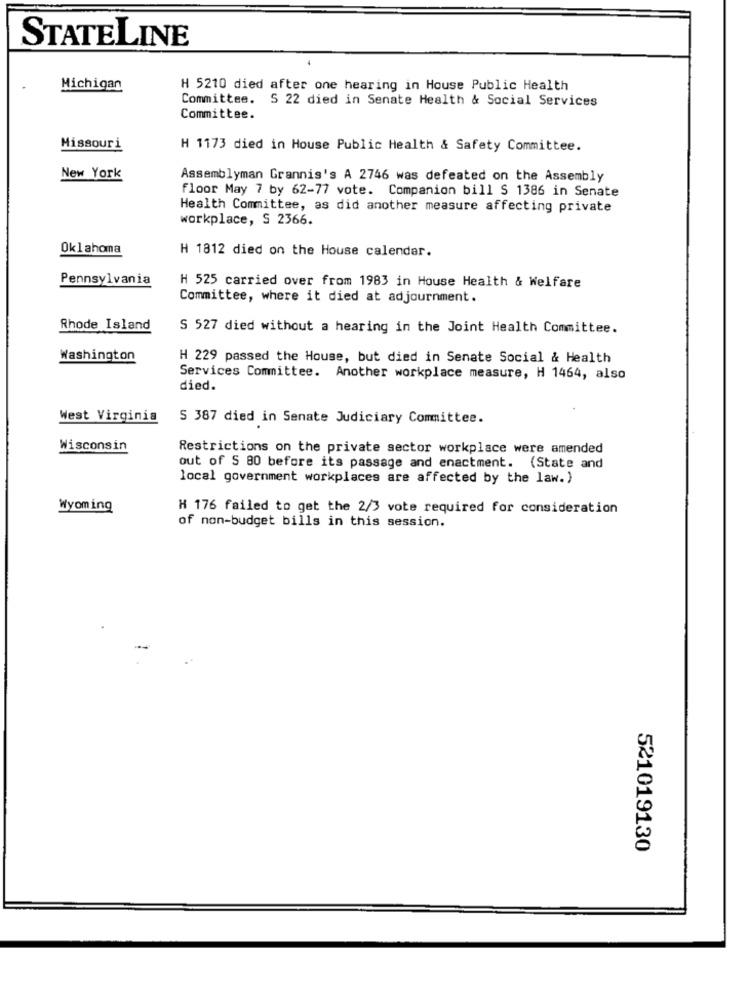
STATELINE
Michigan
H 5210 died after one hearing in House Public Health
Committee. S 22 died in Senate Health & Social Services
Committee.
Missouri
H 1173 died in House Public Health & Safety Committee.
New York
Assemblyman Grannis's A 2746 was defeated on the Assembly
floor May 7 by 62-77 vote. Companion bill S 1386 in Senate
Health Committee, as did another measure affecting private
workplace, S 2366.
Oklahoma
H 1812 died on the House calendar.
Pennsylvania
H 525 carried over from 1983 in House Health & Welfare
Committee, where it died at adjournment.
Rhode Island
S 527 died without a hearing in the Joint Health Committee.
Washington
H 229 passed the House, but died in Senate Social & Health
Services Committee. Another workplace measure, H 1464, also
died.
West Virginia
S 387 died in Senate Judiciary Committee.
Wisconsin
Restrictions on the private sector workplace were amended
out of S 80 before its passage and enactment. (State and
local government workplaces are affected by the law.)
Wyoming
H 176 failed to get the 2/3 vote required for consideration
of non-budget bills in this session.
521019130